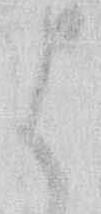
は